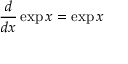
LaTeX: { \frac { d } { d x } } \exp x = \exp x